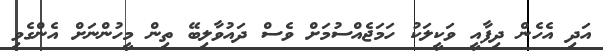
އަދި އެހެން ދިފާއީ ވަކީލަކު ހަމަޖެއްސުމަށް ވެސް ދައުވާލިބޭ ތިން މީހުންނަށް އެންގެވި